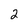
Character: 2